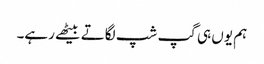
ہم یوں ہی گپ شپ لگاتے بیٹھے رہے۔